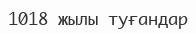
1018 жылы туғандар